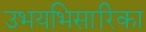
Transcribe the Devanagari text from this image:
उभयभिसारिका